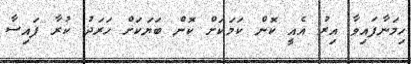
ހިމަނާފައިވާ އިރު އެއީ ކޮން ކަމަކަށް ކޮން ބަޔަކަށް ހަރަދު ކުރާ ފައިސާ